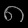
Digit: ၈